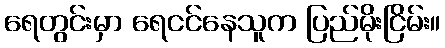
ရေတွင်းမှာ ရေငင်နေသူက ပြည်မိုးငြိမ်း။